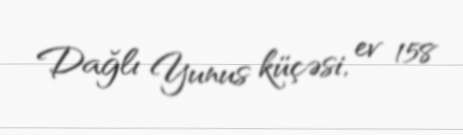
Dağlı Yunus küçəsi, ev 158